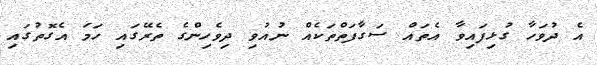
އެ ދުވަހާ ގުޅިފައިވާ އެތައް ސަގާފަތްތަކެއް ނުއުވި ދިވެހިންގެ ތެރޭގައި ހަމަ އެގޮތުގައި